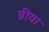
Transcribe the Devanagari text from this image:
ब्रीया